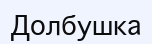
Долбушка